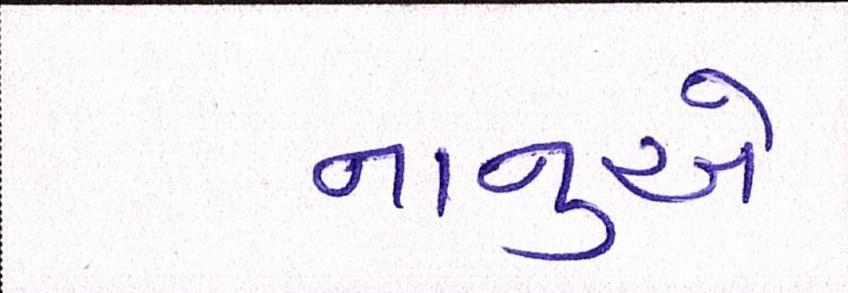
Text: નાનુએ